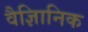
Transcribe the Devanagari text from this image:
वैज्ञिानिक